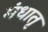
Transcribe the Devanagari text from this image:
मंधातृ